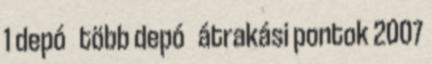
1 depó több depó átrakási pontok 2007